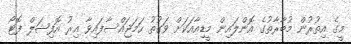
މީގެ އިތުރުން މުބާރާތުގެ އޮންލައިން މީޑިއާއަކަށް ވަގުތު ހަމަޖައްސާފައިވާ އިރު އޮފިޝަލް ފޮޓޯ